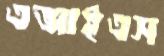
এআইএস